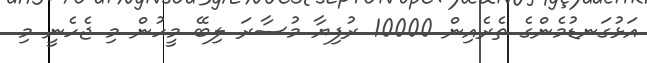
އަޅުގަނޑުމެންގެ ތެރެއިން 10000 ރުފިޔާ މުސާރަ ލިބޭ މީހުން މި ޖެހެނީ މި